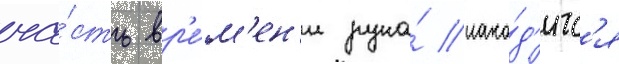
ча́сть вр'е́м'ен'и рука́ нахо́д'итс'я